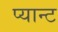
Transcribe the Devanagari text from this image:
प्यान्ट